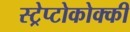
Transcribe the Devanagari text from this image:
स्ट्रेप्टोकोक्की